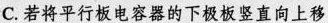
C. 若将平行板电容器的下极板竖直向上移